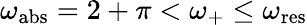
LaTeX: \omega_{\mathrm{abs}}=2+\pi<\omega_{+}\leq\omega_{\mathrm{res}}